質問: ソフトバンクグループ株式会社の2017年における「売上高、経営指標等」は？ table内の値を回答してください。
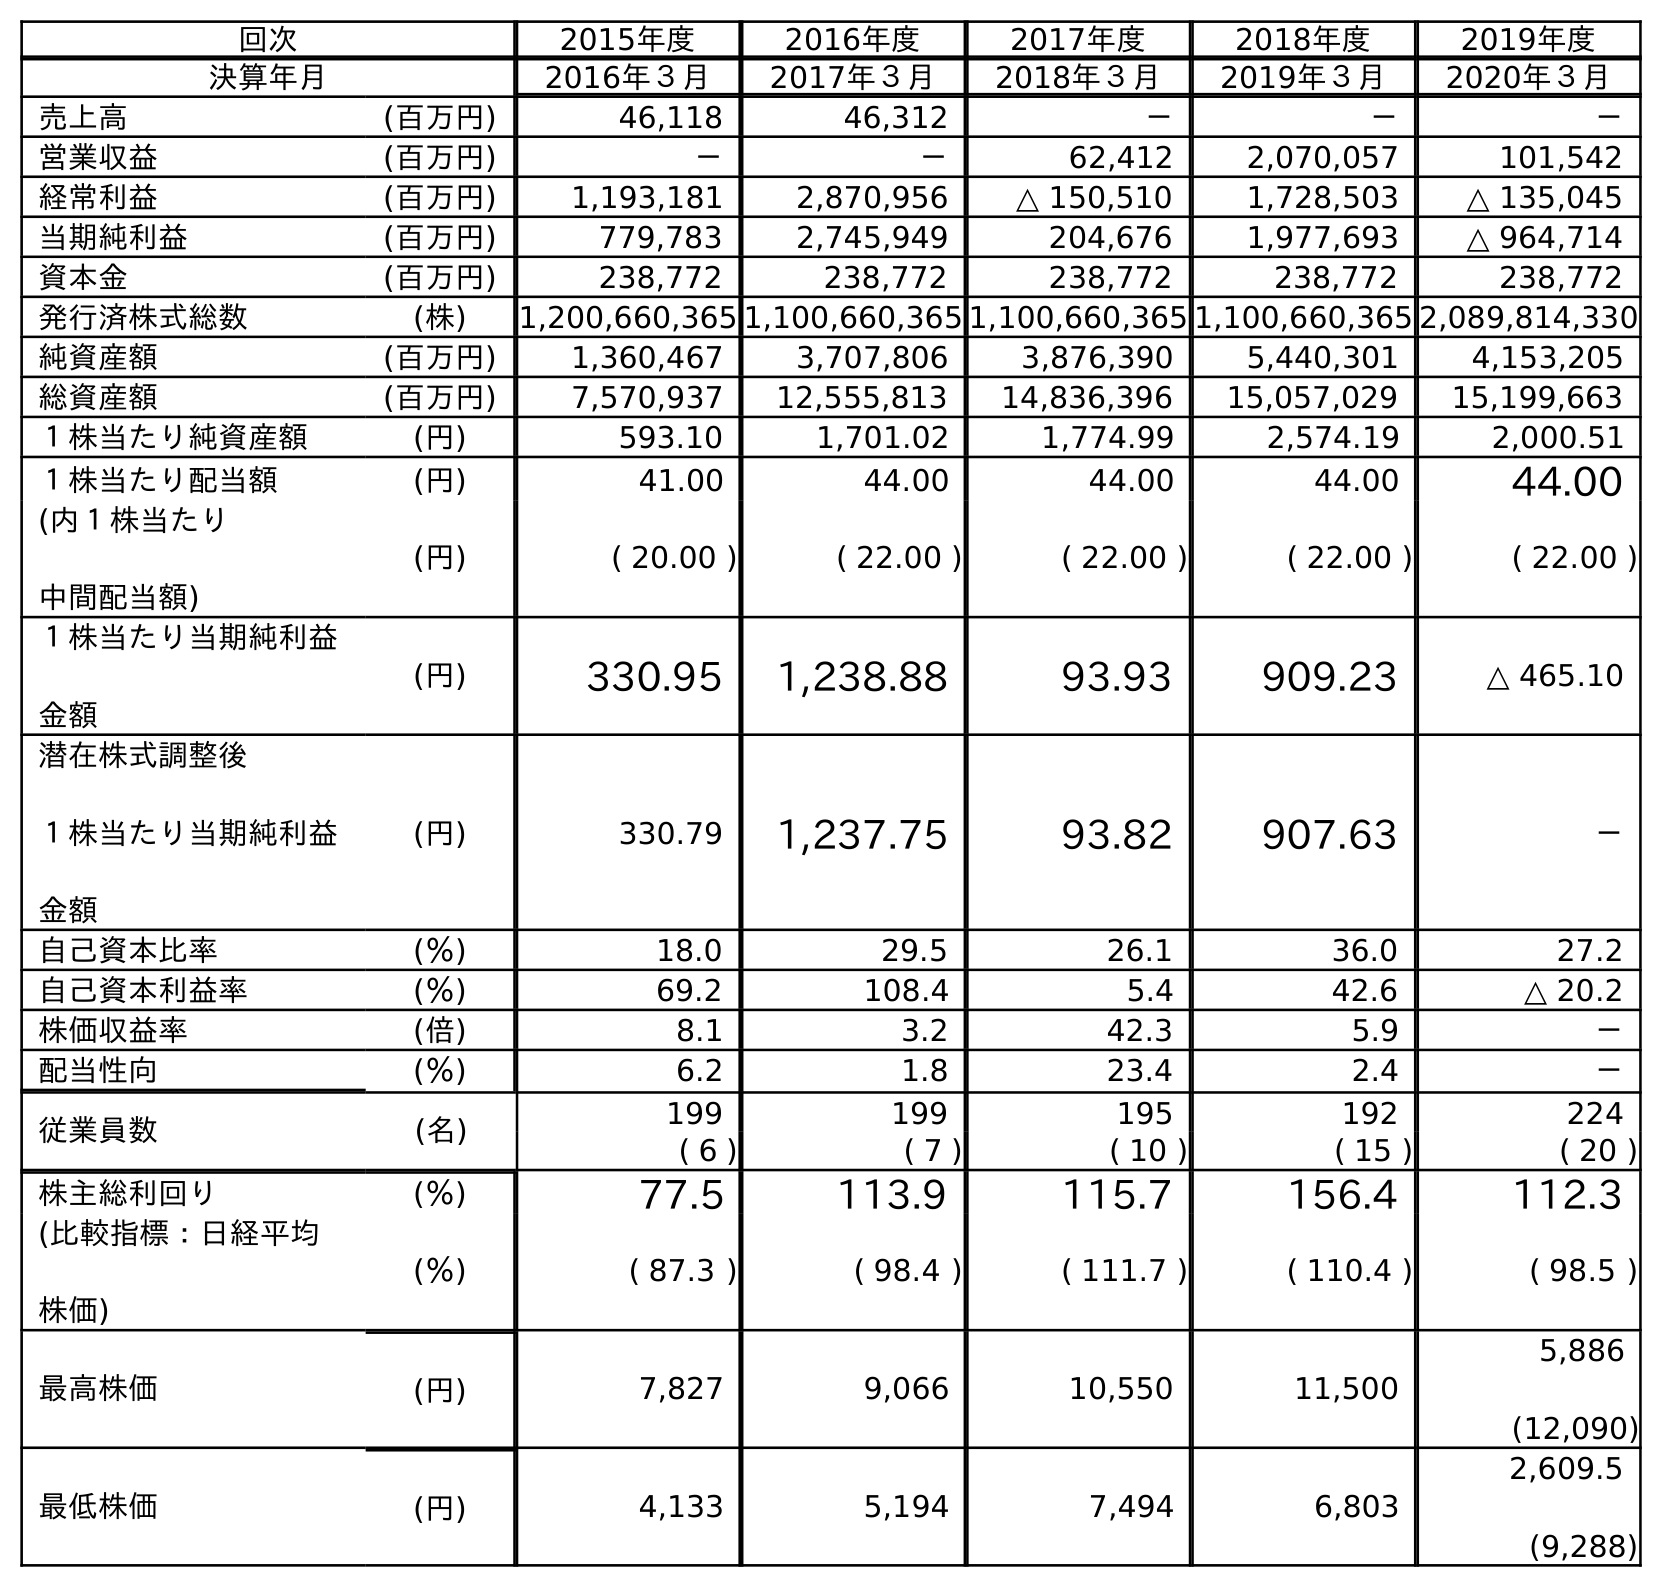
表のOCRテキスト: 回次 2015年度 2016年度 2017年度 2018年度 2019年度 決算年月 2016年３月 2017年３月 2018年３月 2019年３月 2020年３月 売上高 (百万円) 46,118 46,312 － － － 営業収益 (百万円) － － 62,412 2,070,057 101,542 経常利益 (百万円) 1,193,181 2,870,956 △ 150,510 1,728,503 △ 135,045 当期純利益 (百万円) 779,783 2,745,949 204,676 1,977,693 △ 964,714 資本金 (百万円) 238,772 238,772 238,772 238,772 238,772 発行済株式総数 (株) 1,200,660,365 1,100,660,365 1,100,660,365 1,100,660,365 2,089,814,330 純資産額 (百万円) 1,360,467 3,707,806 3,876,390 5,440,301 4,153,205 総資産額 (百万円) 7,570,937 12,555,813 14,836,396 15,057,029 15,199,663 １株当たり純資産額 (円) 593.10 1,701.02 1,774.99 2,574.19 2,000.51 １株当たり配当額 (円) 41.00 44.00 44.00 44.00 44.00 (内１株当たり 中間配当額) (円) ( 20.00 ) ( 22.00 ) ( 22.00 ) ( 22.00 ) ( 22.00 ) １株当たり当期純利益 金額 (円) 330.95 1,238.88 93.93 909.23 △ 465.10 潜在株式調整後 １株当たり当期純利益 金額 (円) 330.79 1,237.75 93.82 907.63 － 自己資本比率 (％) 18.0 29.5 26.1 36.0 27.2 自己資本利益率 (％) 69.2 108.4 5.4 42.6 △ 20.2 株価収益率 (倍) 8.1 3.2 42.3 5.9 － 配当性向 (％) 6.2 1.8 23.4 2.4 － 従業員数 (名) 199 199 195 192 224 ( 6 ) ( 7 ) ( 10 ) ( 15 ) ( 20 ) 株主総利回り (％) 77.5 113.9 115.7 156.4 112.3 (比較指標：日経平均 株価) (％) ( 87.3 ) ( 98.4 ) ( 111.7 ) ( 110.4 ) ( 98.5 ) 最高株価 (円) 7,827 9,066 10,550 11,500 5,886 (12,090) 最低株価 (円) 4,133 5,194 7,494 6,803 2,609.5 (9,288)
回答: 46,312